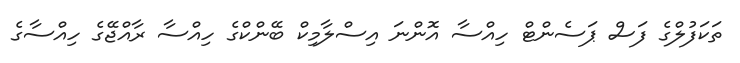
ތަކަފުލްގެ ފަސް ޕަސެންޓް ހިއްސާ އޮންނަ އިސްލާމިކް ބޭންކްގެ ހިއްސާ ރާއްޖޭގެ ހިއްސާގެ